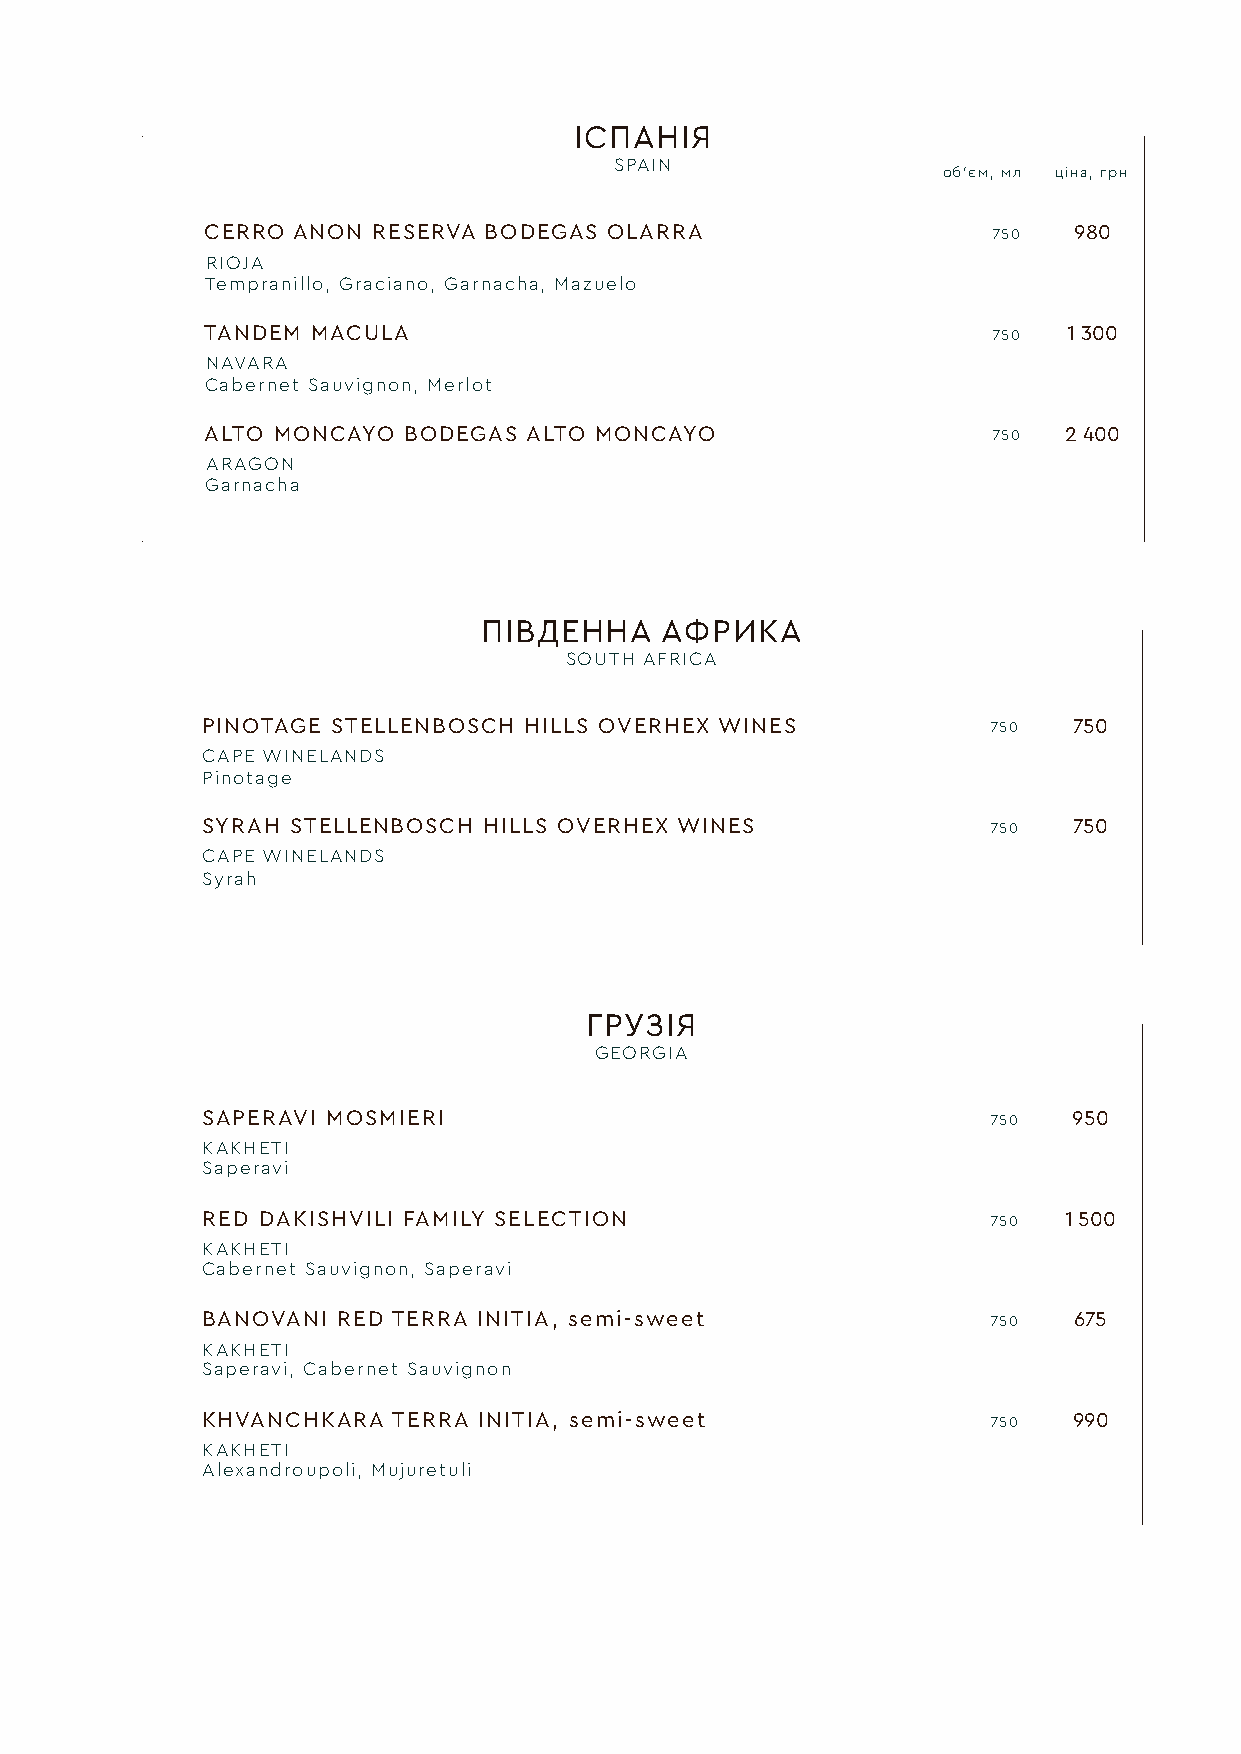
ІСПАНІЯ
 SPAIN
 об‘єм, мл ціна, грн
 CERRO ANON RESERVA BODEGAS OLARRA                   750  980
 RIOJA
 Tempranillo, Graciano, Garnacha, Mazuelo
 TANDEM MACULA                                       750  1 300
 NAVARA
 Cabernet Sauvignon, Merlot
 ALTO MONCAYO BODEGAS ALTO MONCAYO                   750 2 400
 ARAGON
 Garnacha
 ПІВДЕННА    АФРИКА
 SOUTH AFRICA
 PINOTAGE STELLENBOSCH HILLS OVERHEX WINES            750  750
 CAPE WINELANDS
 Pinotage
 SYRAH STELLENBOSCH HILLS OVERHEX WINES               750  750
 CAPE WINELANDS
 Syrah
 ГРУЗІЯ
 GEORGIA
 SAPERAVI МOSMIERI                                    750  950
 KAKHETI
 Saperavi
 RED DAKISHVILI FAMILY SELECTION                      750 1 500
 KAKHETI
 Cabernet Sauvignon, Saperavi
 BANOVANI RED TERRA INITIA, semi-sweet                750  675
 KAKHETI
 Saperavi, Cabernet Sauvignon
 KHVANCHKARA  TERRA INITIA, semi-sweet                750  990
 KAKHETI
 Alexandroupoli, Mujuretuli